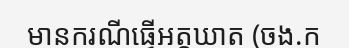
មានករណីធ្វើអត្តឃាត (ចង.ក